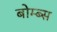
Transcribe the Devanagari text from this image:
बोम्ब्स